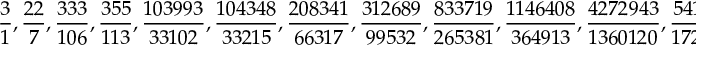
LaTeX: { \frac { 3 } { 1 } } , { \frac { 2 2 } { 7 } } , { \frac { 3 3 3 } { 1 0 6 } } , { \frac { 3 5 5 } { 1 1 3 } } , { \frac { 1 0 3 9 9 3 } { 3 3 1 0 2 } } , { \frac { 1 0 4 3 4 8 } { 3 3 2 1 5 } } , { \frac { 2 0 8 3 4 1 } { 6 6 3 1 7 } } , { \frac { 3 1 2 6 8 9 } { 9 9 5 3 2 } } , { \frac { 8 3 3 7 1 9 } { 2 6 5 3 8 1 } } , { \frac { 1 1 4 6 4 0 8 } { 3 6 4 9 1 3 } } , { \frac { 4 2 7 2 9 4 3 } { 1 3 6 0 1 2 0 } } , { \frac { 5 4 1 9 3 5 1 } { 1 7 2 5 0 3 3 } }